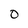
Character: 0